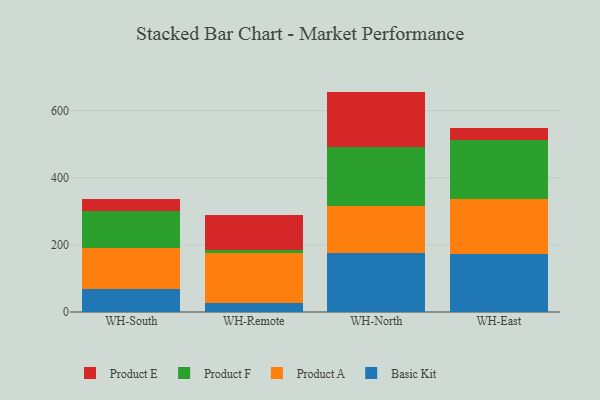
{"axis": {"x": "Warehouse", "y": "Tickets Resolved"}, "legend": ["Basic Kit", "Product A", "Product E", "Product F"], "data": [{"x": "WH-South", "y": 69.5, "type": "Basic Kit"}, {"x": "WH-South", "y": 120.7, "type": "Product A"}, {"x": "WH-South", "y": 109.5, "type": "Product F"}, {"x": "WH-South", "y": 36.9, "type": "Product E"}, {"x": "WH-Remote", "y": 25.4, "type": "Basic Kit"}, {"x": "WH-Remote", "y": 150.3, "type": "Product A"}, {"x": "WH-Remote", "y": 7.7, "type": "Product F"}, {"x": "WH-Remote", "y": 104.7, "type": "Product E"}, {"x": "WH-North", "y": 176.1, "type": "Basic Kit"}, {"x": "WH-North", "y": 140.3, "type": "Product A"}, {"x": "WH-North", "y": 175.3, "type": "Product F"}, {"x": "WH-North", "y": 164.9, "type": "Product E"}, {"x": "WH-East", "y": 173.3, "type": "Basic Kit"}, {"x": "WH-East", "y": 164.3, "type": "Product A"}, {"x": "WH-East", "y": 174.4, "type": "Product F"}, {"x": "WH-East", "y": 36.7, "type": "Product E"}]}